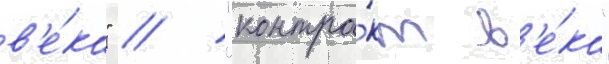
в'е́ка" // "контра́кт в'е́ка"